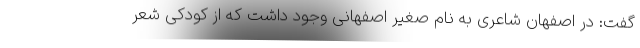
گفت: در اصفهان شاعری به نام صغیر اصفهانی وجود داشت که از کودکی شعر